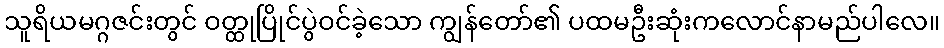
သူရိယမဂ္ဂဇင်းတွင် ဝတ္ထုပြိုင်ပွဲဝင်ခဲ့သော ကျွန်တော်၏ ပထမဦးဆုံးကလောင်နာမည်ပါလေ။